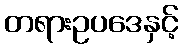
တရားဥပဒေနှင့်